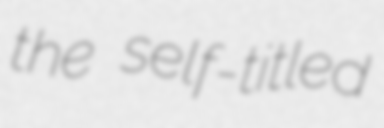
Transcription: the self-titled